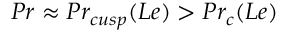
P r \approx P r _ { c u s p } ( L e ) > P r _ { c } ( L e )